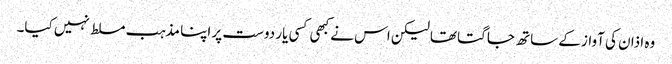
وہ اذان کی آواز کے ساتھ جاگتا تھا لیکن اس نے کبھی کسی یار دوست پر اپنا مذہب مسلط نہیں کیا۔